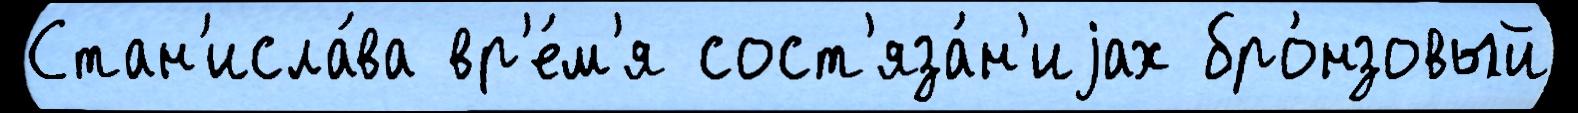
Стан'исла́ва вр'е́м'я сост'яза́н'иjах бро́нзовый